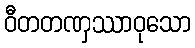
ဝီတတဏှဿာဝုသော